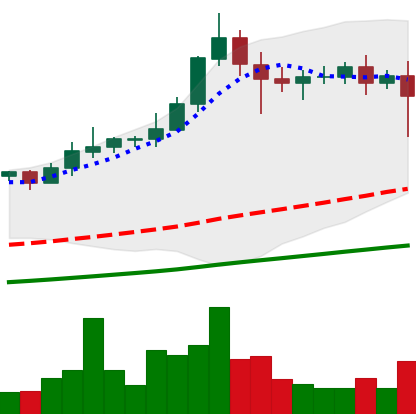
Ticker: XLM-USD
Chart end date: 2021-02-22
Forward return: -5.461%
Label: down_5_7